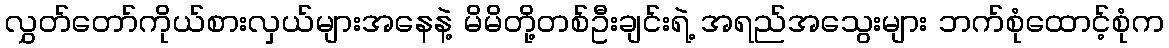
လွှတ်တော်ကိုယ်စားလှယ်များအနေနဲ့ မိမိတို့တစ်ဦးချင်းရဲ့ အရည်အသွေးများ ဘက်စုံထောင့်စုံက